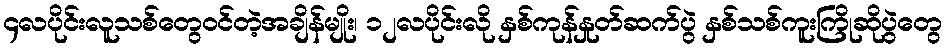
၄လပိုင်းလူသစ်တွေဝင်တဲ့အချိန်မျိုး၊ ၁၂လပိုင်းလို နှစ်ကုန်နှုတ်ဆက်ပွဲ နှစ်သစ်ကူးကြိုဆိုပွဲတွေ